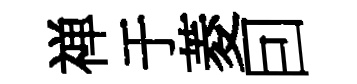
禅于菱囙